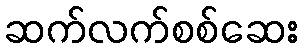
ဆက်လက်စစ်ဆေး